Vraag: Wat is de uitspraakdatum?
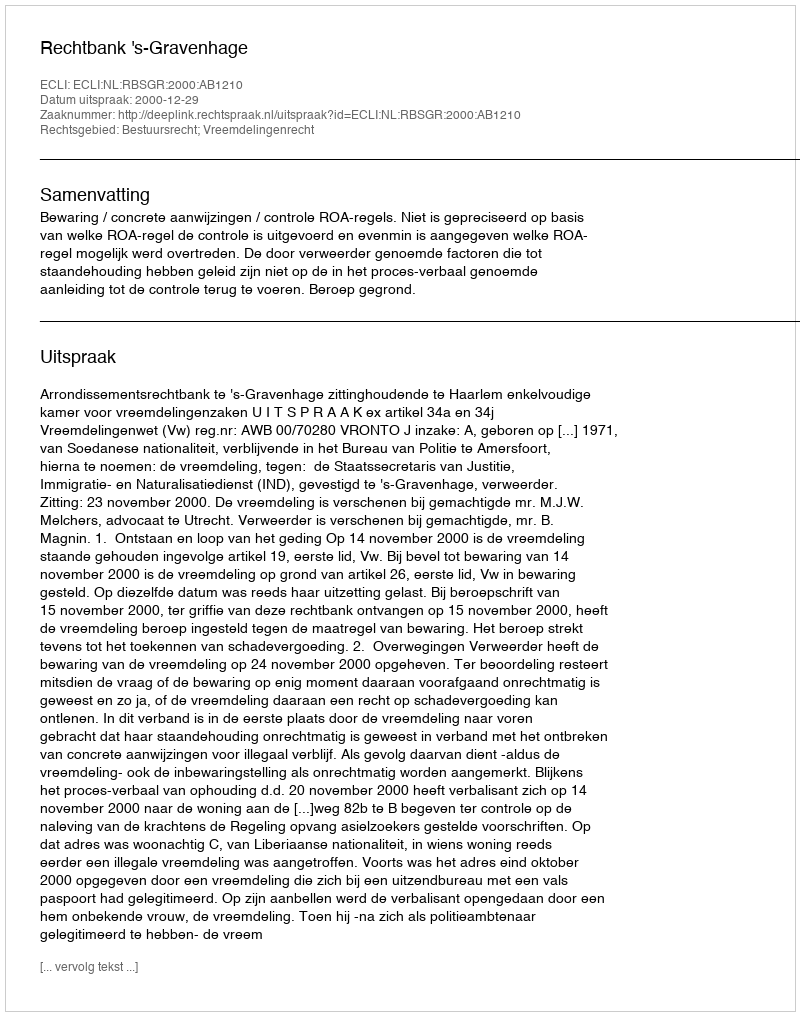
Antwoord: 2000-12-29